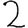
Digit: 2